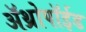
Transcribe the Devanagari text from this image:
अॅथ्रोपॉईड